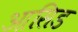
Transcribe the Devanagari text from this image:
आसिड